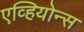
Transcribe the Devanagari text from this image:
एव्हियोन्स